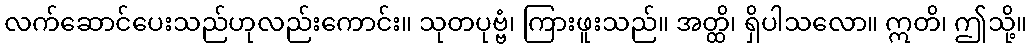
လက်ဆောင်ပေးသည်ဟုလည်းကောင်း။ သုတပုဗ္ဗံ၊ ကြားဖူးသည်။ အတ္ထိ၊ ရှိပါသလော။ ဣတိ၊ ဤသို့။